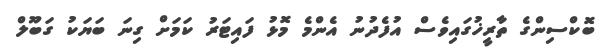
ބޮކްސިންގެ ތާރީޚުގައިވެސް އުފެދުނު އެންމެ މޮޅު ފައިޓަރު ކަމަށް ގިނަ ބަޔަކު ގަބޫލް